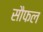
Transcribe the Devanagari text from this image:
सौफल